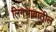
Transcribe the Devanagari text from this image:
लिंगभावातील